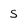
Character: s